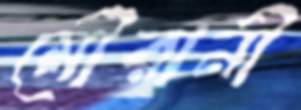
মৌরানী